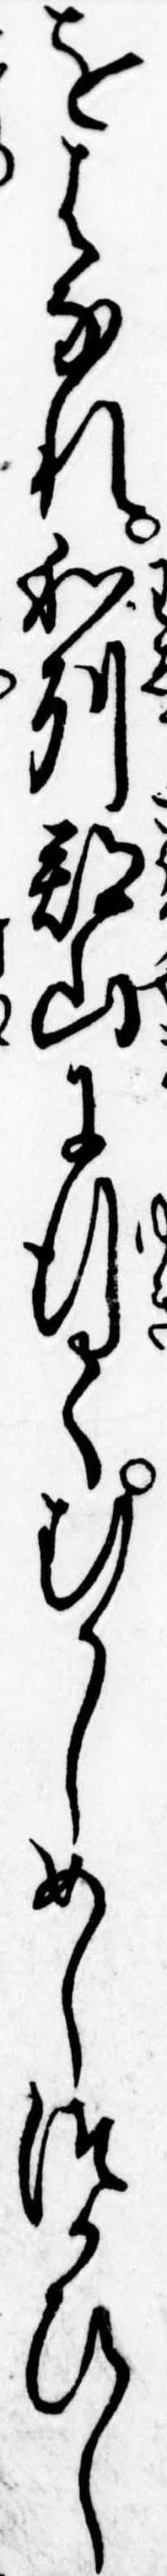
をはなれ和州郡山に行てむかしめしつかひし